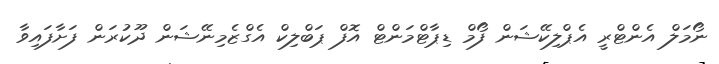
ނޯމަލް އެންޓްރީ އެޕްލިކޭޝަން ފޯމް ޑިޕާޓްމަންޓް އޮފް ޕަބްލިކް އެގްޒެމިނޭޝަން ދޫކުރަން ފަށާފައިވާ